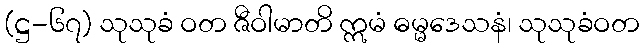
(ဋ္ဌ-၆၇) သုသုခံ ဝတ ဇီဝါမာတိ ဣမံ ဓမ္မဒေသနံ၊ သုသုခံဝတ